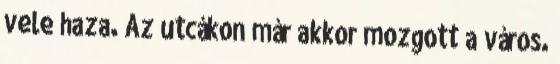
vele haza. Az utcákon már akkor mozgott a város.